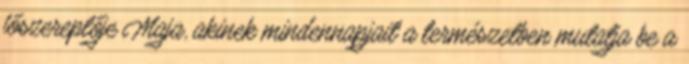
főszereplője Maja, akinek mindennapjait a természetben mutatja be a